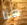
هنا